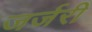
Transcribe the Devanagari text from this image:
जर्जरी